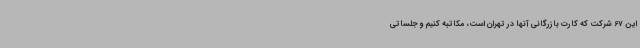
این 67 شرکت که کارت بازرگانی آنها در تهران است، مکاتبه کنیم و جلساتی